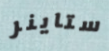
ستاينر